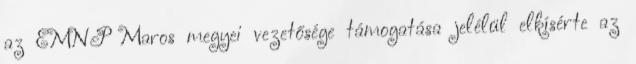
az EMNP Maros megyei vezetősége támogatása jelélül elkísérte az